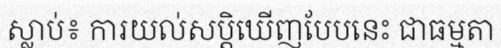
ស្លាប់៖ ការយល់សប្តិឃើញបែបនេះ ជាធម្មតា